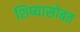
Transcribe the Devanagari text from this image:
शिष्यासोबत